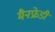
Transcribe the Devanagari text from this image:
मैनफ्रेडी